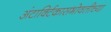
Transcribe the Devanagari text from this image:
अंटार्क्टिकासभोवतीच्या